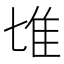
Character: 𨾅